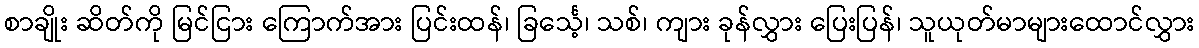
စာချိုး ဆိတ်ကို မြင်ငြား ကြောက်အား ပြင်းထန်၊ ခြင်္သေ့၊ သစ်၊ ကျား ခုန်လွှား ပြေးပြန်၊ သူယုတ်မာများထောင်လွှား